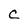
Character: C